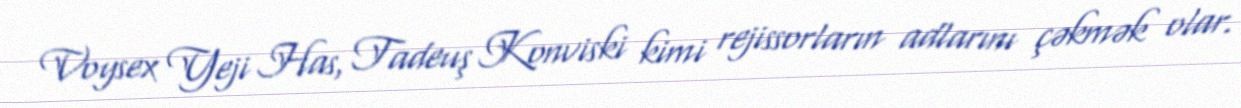
Voysex Yeji Has, Tadeuş Konviski kimi rejissorların adlarını çəkmək olar.